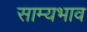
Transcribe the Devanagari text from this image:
साम्यभाव